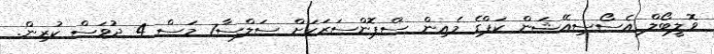
ވޮލީބޯލް އެސޯސިއޭޝަން ކަޕްގެ މެއިން ސްޕޮންސަރަކަށް ސަލްސާ7 މަސް 4 ދުވަސް ކުރިން.